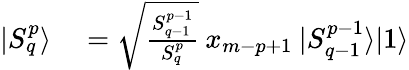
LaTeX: \begin{array}{rl}{|S_{q}^{p}\rangle}&{{}=\sqrt{\frac{S_{q-1}^{p-1}}{S_{q}^{p}}}\: x_{m-p+1}\: |S_{q-1}^{p-1}\rangle|1\rangle}\end{array}